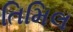
તિમિલ